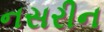
નસરીન